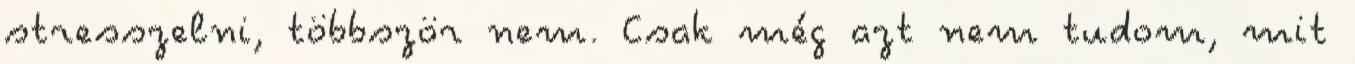
stresszelni, többször nem. Csak még azt nem tudom, mit